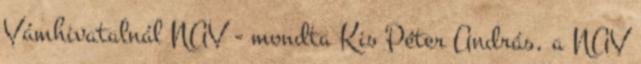
Vámhivatalnál NAV - mondta Kis Péter András, a NAV